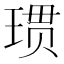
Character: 𪻲